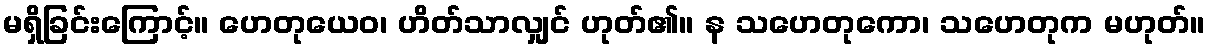
မရှိခြင်းကြောင့်။ ဟေတုယေဝ၊ ဟိတ်သာလျှင် ဟုတ်၏။ န သဟေတုကော၊ သဟေတုက မဟုတ်။